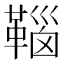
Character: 𩋈